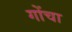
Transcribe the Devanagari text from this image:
गोंचा